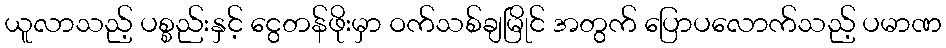
ယူလာသည့် ပစ္စည်းနှင့် ငွေတန်ဖိုးမှာ ဝက်သစ်ချမြိုင် အတွက် ပြောပလောက်သည့် ပမာဏ